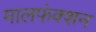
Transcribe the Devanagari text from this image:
मालफंक्शन